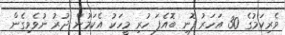
ވެރިކަމުގެ 30 އަހަރު ފޮނި ބޮއެފަ ހުރި މީހަކު އެކަމުން ދުރު ނުވެވިގެން